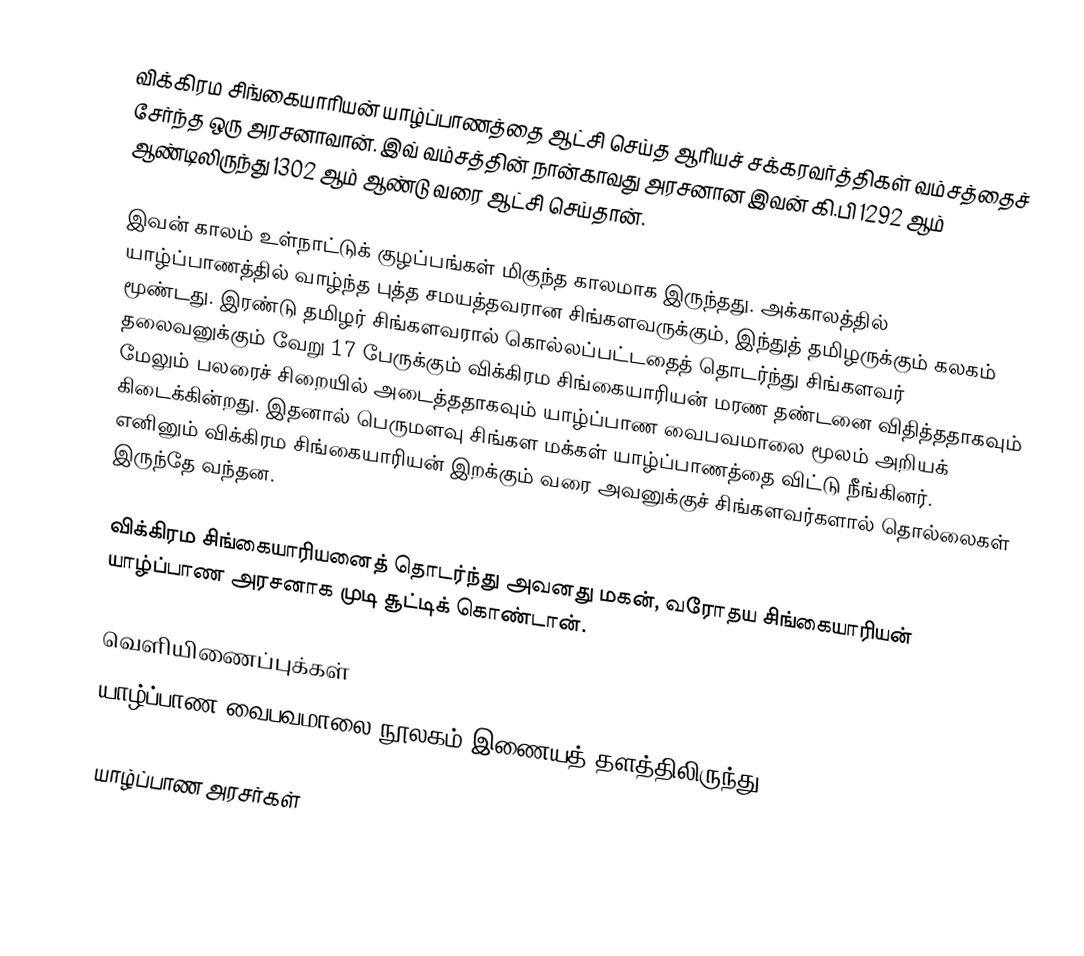
விக்கிரம சிங்கையாரியன் யாழ்ப்பாணத்தை ஆட்சி செய்த ஆரியச் சக்கரவர்த்திகள் வம்சத்தைச் சேர்ந்த ஒரு அரசனாவான். இவ் வம்சத்தின் நான்காவது அரசனான இவன் கி.பி 1292 ஆம் ஆண்டிலிருந்து 1302 ஆம் ஆண்டு வரை ஆட்சி செய்தான்.

இவன் காலம் உள்நாட்டுக் குழப்பங்கள் மிகுந்த காலமாக இருந்தது. அக்காலத்தில் யாழ்ப்பாணத்தில் வாழ்ந்த புத்த சமயத்தவரான சிங்களவருக்கும், இந்துத் தமிழருக்கும் கலகம் மூண்டது. இரண்டு தமிழர் சிங்களவரால் கொல்லப்பட்டதைத் தொடர்ந்து சிங்களவர் தலைவனுக்கும் வேறு 17 பேருக்கும் விக்கிரம சிங்கையாரியன் மரண தண்டனை விதித்ததாகவும் மேலும் பலரைச் சிறையில் அடைத்ததாகவும் யாழ்ப்பாண வைபவமாலை மூலம் அறியக் கிடைக்கின்றது. இதனால் பெருமளவு சிங்கள மக்கள் யாழ்ப்பாணத்தை விட்டு நீங்கினர். எனினும் விக்கிரம சிங்கையாரியன் இறக்கும் வரை அவனுக்குச் சிங்களவர்களால் தொல்லைகள் இருந்தே வந்தன.

விக்கிரம சிங்கையாரியனைத் தொடர்ந்து அவனது மகன், வரோதய சிங்கையாரியன் யாழ்ப்பாண அரசனாக முடி சூட்டிக் கொண்டான்.

வெளியிணைப்புக்கள்
 யாழ்ப்பாண வைபவமாலை  நூலகம் இணையத் தளத்திலிருந்து.

 யாழ்ப்பாண அரசர்கள்